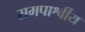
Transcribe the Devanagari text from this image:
समपार्श्वीय